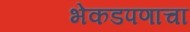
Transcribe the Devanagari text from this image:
भेकडपणाचा